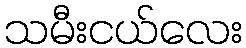
သမီးငယ်လေး